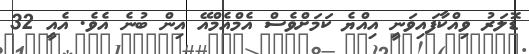
ޑޮލަރު ވިއްކާފައިވަނީ އިއްޔެ ކަމަށްވެސް އެމްއެމްއޭ އިން ބުނެ އެވެ. އެއީ 32